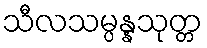
သီလသမ္ပန္နသုတ္တ